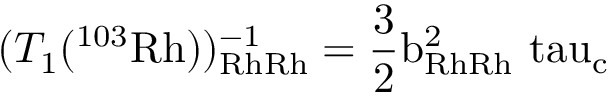
( T _ { 1 } ( ^ { 1 0 3 } \mathrm { { R h } ) ) _ { R h R h } ^ { - 1 } = \frac { 3 } { 2 } b _ { R h R h } ^ { 2 } \ t a u _ { c } }